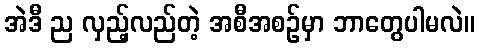
အဲဒီ ည လှည့်လည်တဲ့ အစီအစဉ်မှာ ဘာတွေပါမလဲ။